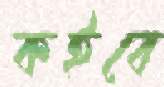
কইবে